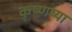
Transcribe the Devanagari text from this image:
कृष्णय्या